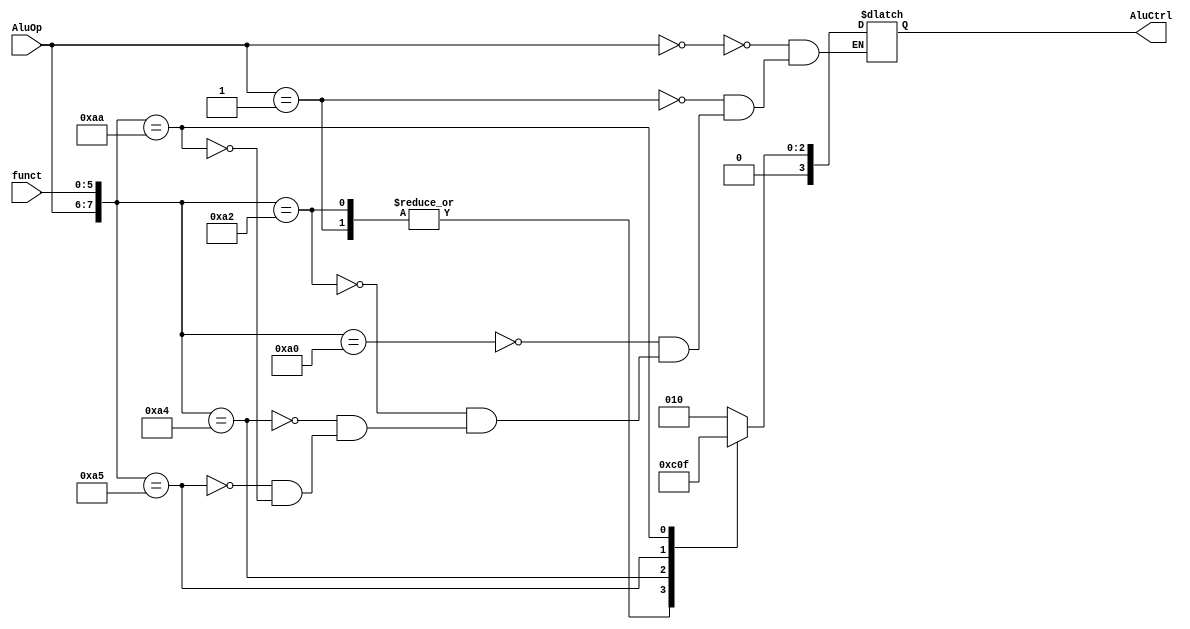
module ALU_Control(AluOp,funct,AluCtrl);

input [1:0] AluOp;
input [5:0] funct;
output [3:0] AluCtrl;

reg [3:0] AluCtrl;

always @(AluOp or funct)
	casex({AluOp,funct})
		8'b00_xxxxxx : AluCtrl = 4'b0010; //lw,sw => add
		8'b01_xxxxxx : AluCtrl = 4'b0110; //branch equal => subtract
		8'b10_100000 : AluCtrl = 4'b0010; //ADD => add
		8'b10_100010 : AluCtrl = 4'b0110; //subtract => subtract
		8'b10_100100 : AluCtrl = 4'b0000; //AND => and
		8'b10_100101 : AluCtrl = 4'b0001; //OR => or
		8'b10_101010 : AluCtrl = 4'b0111; //set on less than => slt
	endcase
endmodule